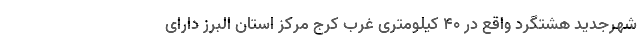
شهرجدید هشتگرد واقع در ۴۰ کیلومتری غرب کرج مرکز استان البرز دارای